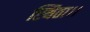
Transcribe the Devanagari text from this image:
स्थिता।।